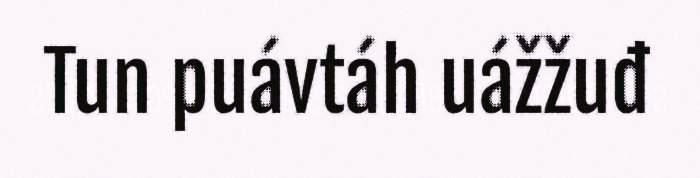
Tun puávtáh uážžuđ